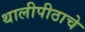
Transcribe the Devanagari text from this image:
थालीपीठाचे